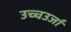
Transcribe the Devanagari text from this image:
उच्चउर्जा